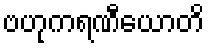
ဗဟုကရဏီယောတိ